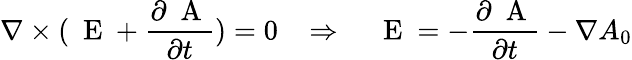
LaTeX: \nabla\times(\mathrm{~\mathbf~E~}+\frac{\partial\mathrm{~\mathbf~A~}}{\partial t})=0\; \; \; \Rightarrow\; \; \; \mathrm{~\mathbf~E~}=-\frac{\partial\mathrm{~\mathbf~A~}}{\partial t}-\nabla A_{0}